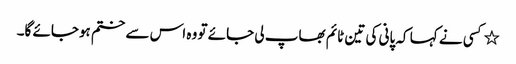
٭کسی نے کہا کہ پانی کی تین ٹائم بھاپ لی جائے تو وہ اس سے ختم ہوجائے گا۔